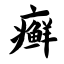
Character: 癣